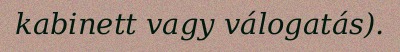
kabinett vagy válogatás).